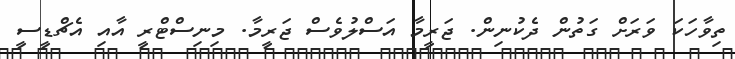
ތިވާހަކަ ވަރަށް ގަތުން ދެކުނިން. ޖަރީމާ އަސްލުވެސް ޖަރީމާ. މިނިސްޓްރީ އާއި އެޗްޑީސީ